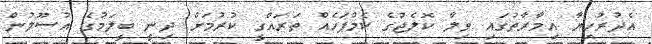
އެދުރުހިޔާ އިމާރާތުގައި ވިލާ ކޮލެޖުގެ ކެމްޕަހެއް ތަރައްގީ ކުރުމަށް ދިނީ ބީލަމުގެ އުސޫލުން